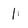
Character: 1